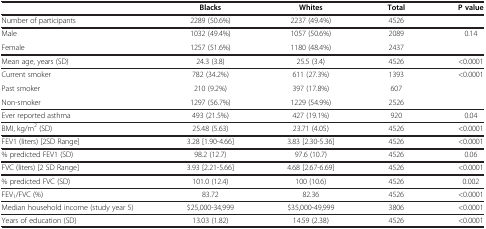
<table><thead><tr><td><b> </b></td><td><b>Blacks</b></td><td><b>Whites</b></td><td><b>Total</b></td><td><b>P value</b></td></tr></thead><tbody><tr><td>Number of participants</td><td>2289 (50.6%)</td><td>2237 (49.4%)</td><td>4526</td><td> </td></tr><tr><td>Male</td><td>1032 (49.4%)</td><td>1057 (50.6%)</td><td>2089</td><td rowspan="2">0.14</td></tr><tr><td>Female</td><td>1257 (51.6%)</td><td>1180 (48.4%)</td><td>2437</td></tr><tr><td>Mean age, years (SD)</td><td>24.3 (3.8)</td><td>25.5 (3.4)</td><td>4526</td><td>&lt;0.0001</td></tr><tr><td>Current smoker</td><td>782 (34.2%)</td><td>611 (27.3%)</td><td>1393</td><td rowspan="3">&lt;0.0001</td></tr><tr><td>Past smoker</td><td>210 (9.2%)</td><td>397 (17.8%)</td><td>607</td></tr><tr><td>Non-smoker</td><td>1297 (56.7%)</td><td>1229 (54.9%)</td><td>2526</td></tr><tr><td>Ever reported asthma</td><td>493 (21.5%)</td><td>427 (19.1%)</td><td>920</td><td>0.04</td></tr><tr><td>BMI, kg/m<sup>2</sup> (SD)</td><td>25.48 (5.63)</td><td>23.71 (4.05)</td><td>4526</td><td>&lt;0.0001</td></tr><tr><td>FEV1 (liters) [2SD Range]</td><td>3.28 [1.90-4.66]</td><td>3.83 [2.30-5.36]</td><td>4526</td><td>&lt;0.0001</td></tr><tr><td>% predicted FEV1 (SD)</td><td>98.2 (12.7)</td><td>97.6 (10.7)</td><td>4526</td><td>0.06</td></tr><tr><td>FVC (liters) [2 SD Range]</td><td>3.93 [2.21-5.66]</td><td>4.68 [2.67-6.69]</td><td>4526</td><td>&lt;0.0001</td></tr><tr><td>% predicted FVC (SD)</td><td>101.0 (12.4)</td><td>100 (10.6)</td><td>4526</td><td>0.002</td></tr><tr><td>FEV<sub>1</sub>/FVC (%)</td><td>83.72</td><td>82.36</td><td>4526</td><td>&lt;0.0001</td></tr><tr><td>Median household income (study year 5)</td><td>$25,000-34,999</td><td>$35,000-49,999</td><td>3806</td><td>&lt;0.0001</td></tr><tr><td>Years of education (SD)</td><td>13.03 (1.82)</td><td>14.59 (2.38)</td><td>4526</td><td>&lt;0.0001</td></tr></tbody></table>